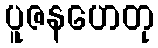
ပူဇနဟေတု